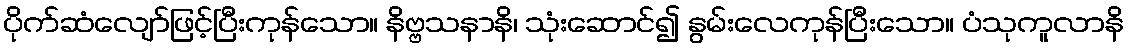
ပိုက်ဆံလျော်ဖြင့်ပြီးကုန်သော။ နိဗ္ဗသနာနိ၊ သုံးဆောင်၍ နွမ်းလေကုန်ပြီးသော။ ပံသုကူလာနိ